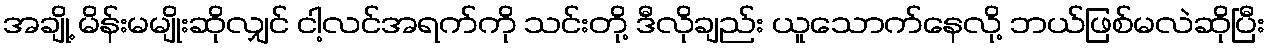
အချို့ မိန်းမမျိုးဆိုလျှင် ငါ့လင်အရက်ကို သင်းတို့ ဒီလိုချည်း ယူသောက်နေလို့ ဘယ်ဖြစ်မလဲဆိုပြီး